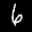
Digit: 6